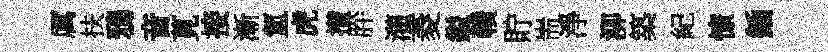
厲扶鴉音莧接漸氳虎攅肸灌菱鎰贛貯耑淨泖築紀憭鍤